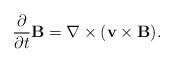
LaTeX: \begin{align*}\frac{\partial }{\partial t}\mathbf{B=\nabla \times (v\times B).} \end{align*}